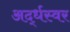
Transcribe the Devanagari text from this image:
अर्द्धस्वर